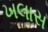
ખલાસ